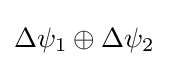
\Delta \psi _{1}\oplus \Delta \psi _{2}